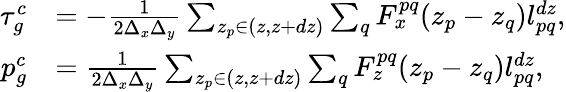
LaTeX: \begin{array}{rl}{\tau_{g}^{c}}&{=-\frac{1}{2\Delta_{x}\Delta_{y}}\sum_{z_{p}\in(z,z+dz)}\sum_{q}F_{x}^{pq}(z_{p}-z_{q})l_{pq}^{dz},}\\ {p_{g}^{c}}&{=\frac{1}{2\Delta_{x}\Delta_{y}}\sum_{z_{p}\in(z,z+dz)}\sum_{q}F_{z}^{pq}(z_{p}-z_{q})l_{pq}^{dz},}\end{array}